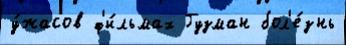
у́жасов ф'и́льмах Гузман бол'е́знь